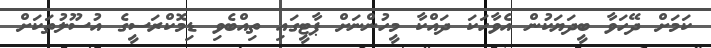
ކަމަށް ދޭހަވާ ބީދަޔަކުން އެވާހަކަ ދައްކާ މީހުންނަށް ޕާޓީގައި ތިއްބެވި ޑިމޮކްރަސީގެ އުސޫލުތަކަށް